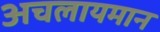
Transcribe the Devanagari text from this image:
अचलायमान